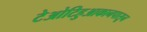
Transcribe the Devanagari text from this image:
टेओटिहुआकानपासून